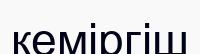
кеміргіш